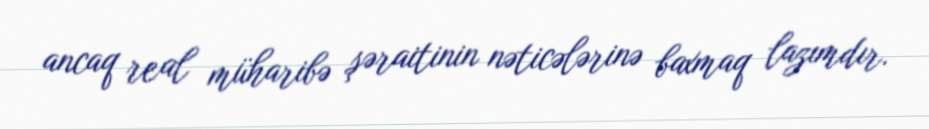
ancaq real müharibə şəraitinin nəticələrinə baxmaq lazımdır.